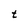
Character: t